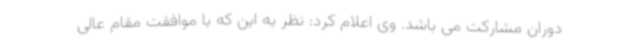
دوران مشارکت می باشد. وی اعلام کرد: نظر به این که با موافقت مقام عالی